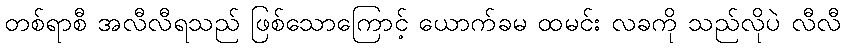
တစ်ရာစီ အလီလီရသည် ဖြစ်သောကြောင့် ယောက်ခမ ထမင်း လခကို သည်လိုပဲ လီလီ